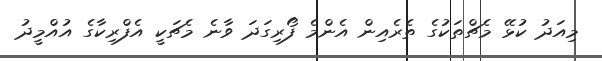
މިއަދު ކުޅޭ މެޗްތަކުގެ ތެރެއިން އެންމެ ފޯރިގަދަ ވާނެ މެޗަކީ އެފްރިކާގެ އުއްމީދު